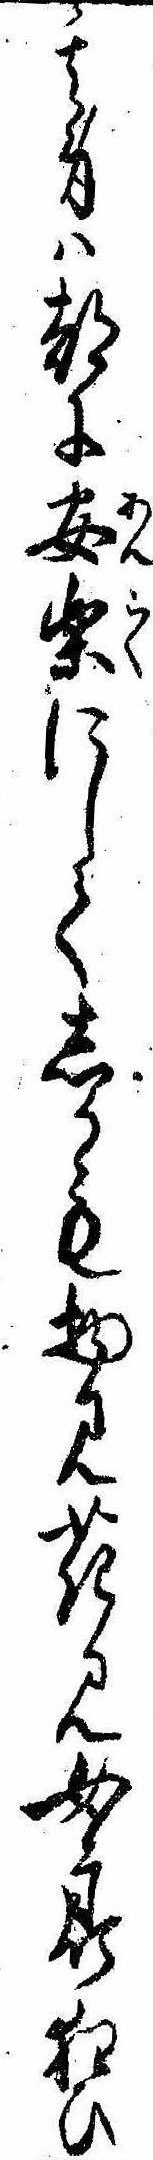
其身は都に安楽にしてしかも物見花見女郎狂ひ